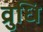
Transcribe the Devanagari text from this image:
व्रुधि